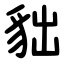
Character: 貀